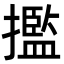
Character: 㩜